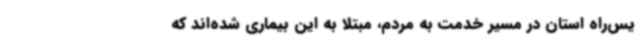
یس‌راه استان در مسیر خدمت به مردم، مبتلا به این بیماری شده‌اند که